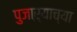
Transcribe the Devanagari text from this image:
पुजाऱ्याच्या